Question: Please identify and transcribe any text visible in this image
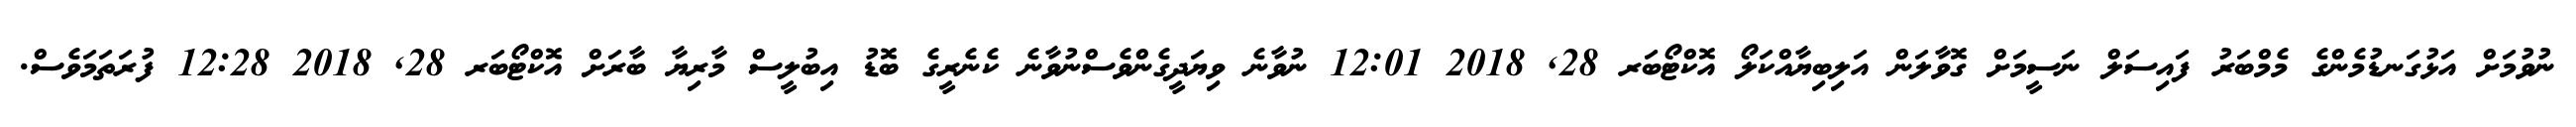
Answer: ނުވުމަށް އަޅުގަނޑުމެންގެ މެމްބަރު ފައިސަލް ނަސީމަށް ގޮވާލަން އަލިބިޔާއްކަލޯ އޮކްޓޯބަރ 28, 2018 12:01 ނުވާނެ ވިޔަދީގެންވެސްނުވާނެ ކެނެރީގެ ބޮޑު އިބުލީސް މާރިޔާ ބާރަށް އޮކްޓޯބަރ 28, 2018 12:28 ފުރަތަމަވެސް.